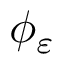
\phi _ { \varepsilon }